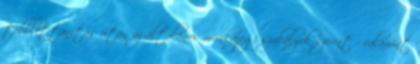
többlettanítás után az általános munkajogi szabályok szerint - valamint